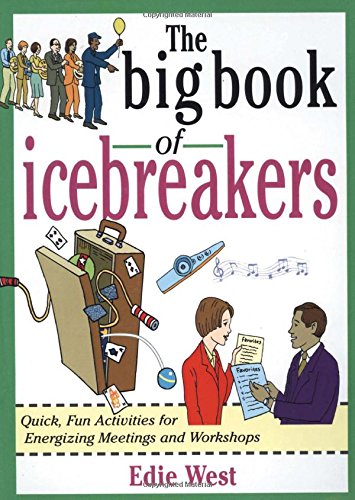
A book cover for The Big Book of Icebreakers: Quick, Fun Activities for Energizing Meetings and Workshops; Edie West; Business & Money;